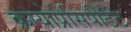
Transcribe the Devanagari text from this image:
क्रायोप्रेसिपीटेट